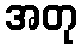
အတု